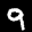
Label: 9